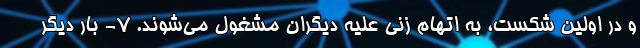
و در اولین شکست، به اتهام زنی علیه دیگران مشغول می‌شوند. ۷- بار دیگر